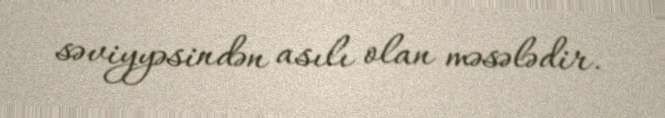
səviyyəsindən asılı olan məsələdir.